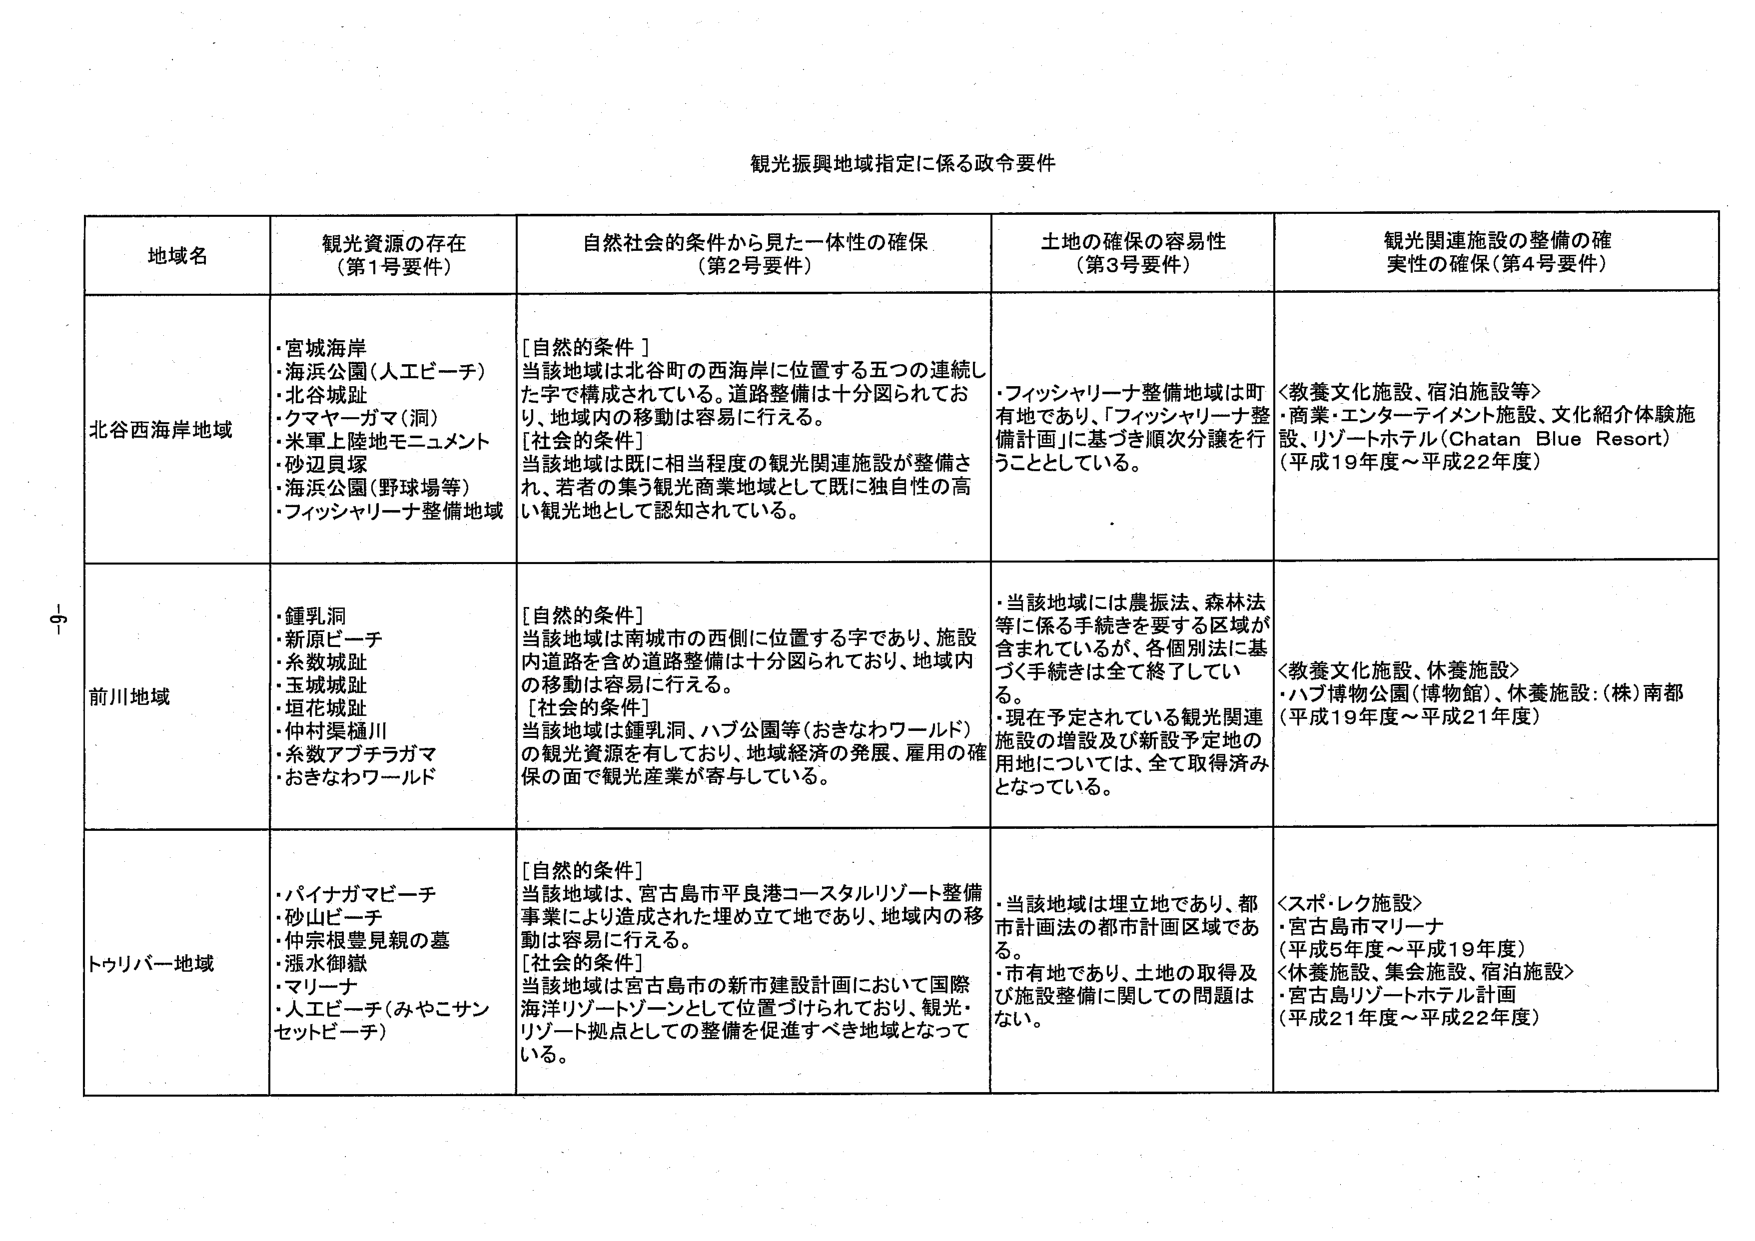
観光振興地域指定に係る政令要件

地域名